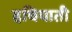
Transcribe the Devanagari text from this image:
हथियाती